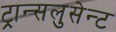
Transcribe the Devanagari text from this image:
ट्रान्सलुसेन्ट